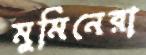
মুমিনেরা